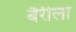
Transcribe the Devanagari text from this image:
बैरीला